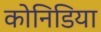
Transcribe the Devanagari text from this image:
कोनिडिया